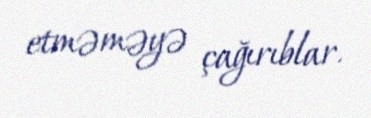
etməməyə çağırıblar.